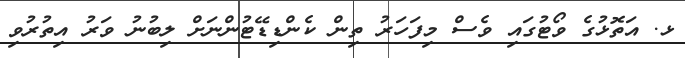
ޅ. އަތޮޅުގެ ވޯޓުގައި ވެސް މިފަހަރު ތިން ކެންޑިޑޭޓުންނަށް ލިބުނު ވަރު އިތުރުވި